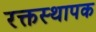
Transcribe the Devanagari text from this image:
रक्तस्थापक